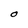
Character: O